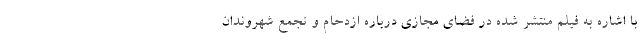
با اشاره به فیلم منتشر شده در فضای مجازی درباره ازدحام و تجمع شهروندان